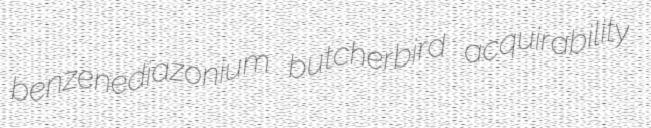
benzenediazonium butcherbird acquirability